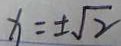
x = \pm \sqrt { 2 }